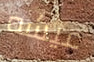
عيشه